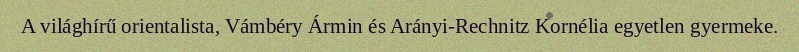
A világhírű orientalista, Vámbéry Ármin és Arányi-Rechnitz Kornélia egyetlen gyermeke.